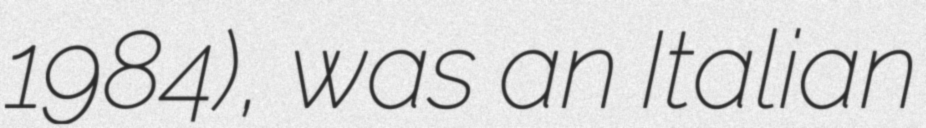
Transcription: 1984), was an Italian